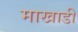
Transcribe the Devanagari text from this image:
माखाडी